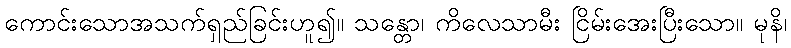
ကောင်းသောအသက်ရှည်ခြင်းဟူ၍။ သန္တော၊ ကိလေသာမီး ငြိမ်းအေးပြီးသော။ မုနိ၊